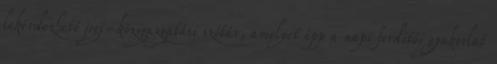
lekérdezhető jogi-közigazgatási szótár, amelyet épp a napi fordítói gyakorlat